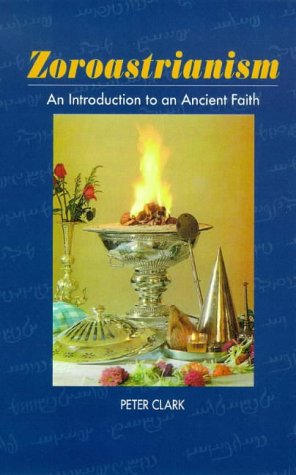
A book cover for Zoroastrianism: An Introduction to an Ancient Faith (Religious Beliefs & Practices); Peter Clark; Religion & Spirituality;